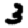
Digit: 3